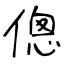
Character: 傯